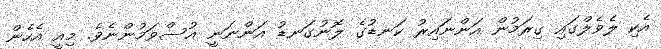
އެކި ލެވެލްގައި ގިރަމުން އަންނައިރު ކަނޑުގެ ލޮނުގަނޑު އަންނަނީ އުސްވަމުންނެވެ. މިއީ އެހެން